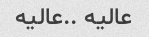
عالیه ..عالیه